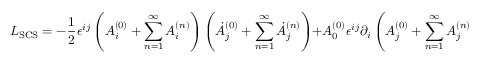
{ \cal L } _ { \mathrm { S C S } } = - \frac { 1 } { 2 } \epsilon ^ { i j } \left( A _ { i } ^ { ( 0 ) } + \sum _ { n = 1 } ^ { \infty } A _ { i } ^ { ( n ) } \right) \left( \dot { A } _ { j } ^ { ( 0 ) } + \sum _ { n = 1 } ^ { \infty } \dot { A } _ { j } ^ { ( n ) } \right) + A _ { 0 } ^ { ( 0 ) } \epsilon ^ { i j } \partial _ { i } \left( A _ { j } ^ { ( 0 ) } + \sum _ { n = 1 } ^ { \infty } A _ { j } ^ { ( n ) } \right)